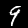
Label: 9